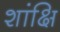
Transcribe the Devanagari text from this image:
शांक्षि